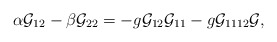
\begin{align*}\alpha {\cal G}_{12}-\beta {\cal G}_{22}=-g{\cal G}_{12}{\cal G}_{11}-g{\cal G}_{1112}{\cal G},\end{align*}